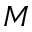
M